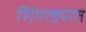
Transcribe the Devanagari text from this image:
शिंगाड्यात